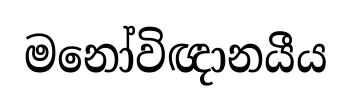
මනෝවිඥානයීය